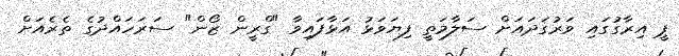
ޕީ އިރާގުގައި ވަރުގަދައަށް ސަލާމަތީ ފިޔަވަޅު އަޅާފައިވާ "ގްރީން ޒޯން" ސަރަހައްދުގެ ތެރެއަށް